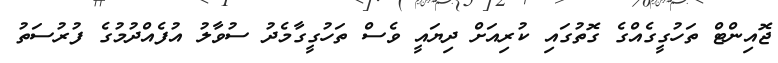
ޖޮއިންޓް ތަހުގީގެއްގެ ގޮތުގައި ކުރިއަށް ދިޔައީ ވެސް ތަހުގީގާމެދު ސުވާލު އުފެއްދުމުގެ ފުރުސަތު